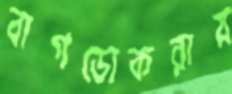
বাগডোকরায়